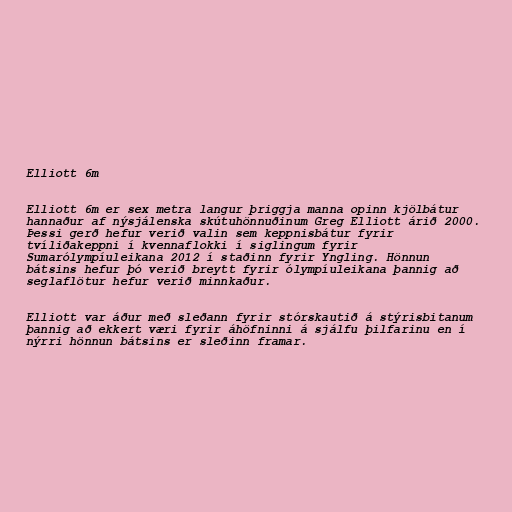
Elliott 6m

Elliott 6m er sex metra langur þriggja manna opinn kjölbátur
hannaður af nýsjálenska skútuhönnuðinum Greg Elliott árið 2000.
Þessi gerð hefur verið valin sem keppnisbátur fyrir
tvíliðakeppni í kvennaflokki í siglingum fyrir
Sumarólympíuleikana 2012 í staðinn fyrir Yngling. Hönnun
bátsins hefur þó verið breytt fyrir ólympíuleikana þannig að
seglaflötur hefur verið minnkaður.

Elliott var áður með sleðann fyrir stórskautið á stýrisbitanum
þannig að ekkert væri fyrir áhöfninni á sjálfu þilfarinu en í
nýrri hönnun bátsins er sleðinn framar.